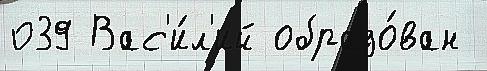
039 Вас'и́л'ий образо́ван